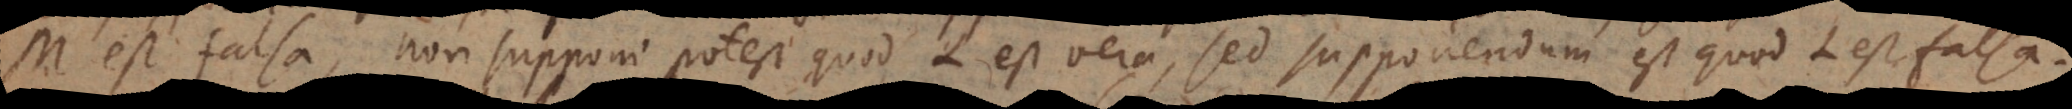
M est falsa, non supponi potest quod L est vera, sed supponendum est quod L est falsa.